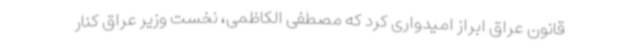
قانون عراق ابراز امیدواری کرد که مصطفی الکاظمی، نخست وزیر عراق کنار